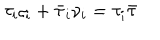
\tau _ { i } \varsigma _ { i } + \bar { \tau } _ { i } \nu _ { i } = \tau _ { i } \bar { \tau }